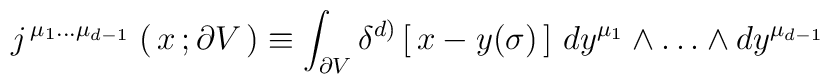
j^{\,\mu_1\dots\mu_{d-1}\,}\left(\, x\, ; \partial V \,\right)\equiv\int_{\partial V} \delta^{d)}\left[\, x - y(\sigma)\,\right] \, dy^{\mu_1}\wedge \dots\wedge dy^{\mu_{d-1}}